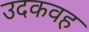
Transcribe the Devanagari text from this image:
उदकवह